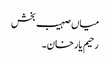
میاں صہیب بخش
رحیم یار خان۔